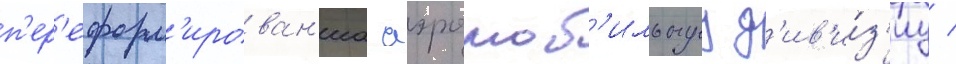
п'ер'еформ'ирован'иа аэромоб'ильнуу д'ив'и́з'иу /